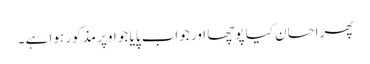
پھر احسان کیا پوچھا اور جواب پایا جو اوپر مذکور ہوا ہے ۔